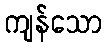
ကျန်သော